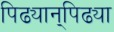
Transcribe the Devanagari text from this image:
पिढ्यान्‌पिढ्या